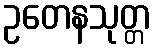
ဥတေနသုတ္တ